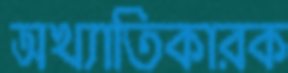
অখ্যাতিকারক